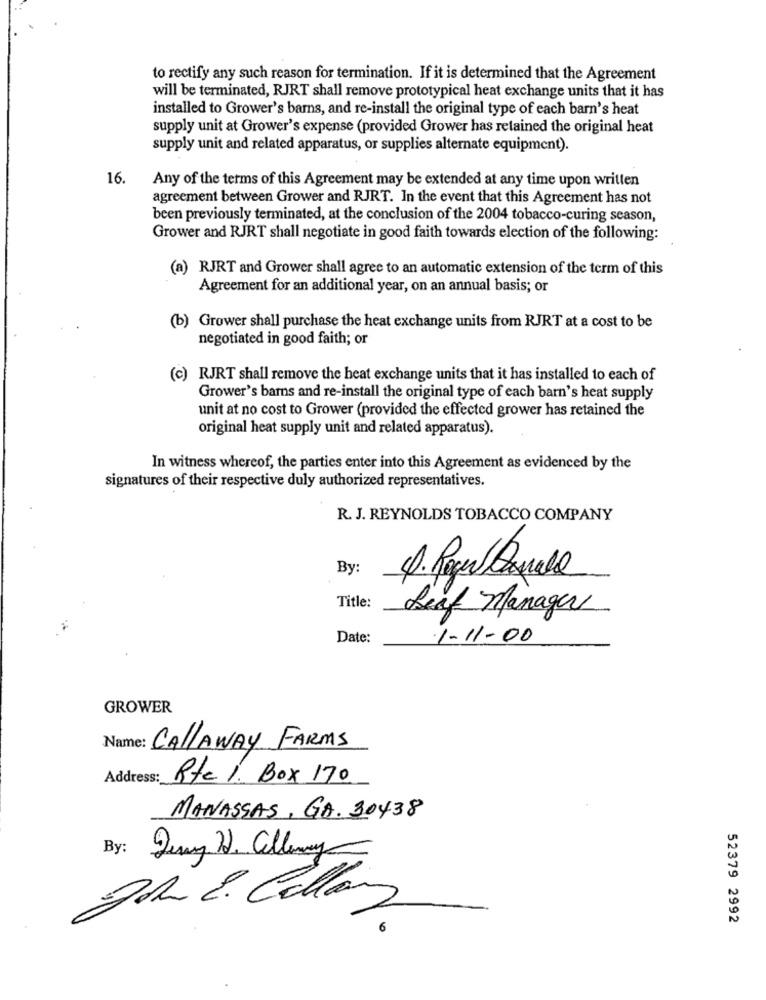
to rectify any such reason for termination. If it is determined that the Agreement
will be terminated, RJRT shall remove prototypical heat exchange units that it has
installed to Grower's barns, and re-install the original type of each barn's heat
supply unit at Grower's expense (provided Grower has retained the original heat
supply unit and related apparatus, or supplies alternate equipment).
16.
Any of the terms of this Agreement may be extended at any time upon written
agreement between Grower and RJRT. In the event that this Agreement has not
been previously terminated, at the conclusion of the 2004 tobacco-curing season,
Grower and RJRT shall negotiate in good faith towards election of the following:
(a) RJRT and Grower shall agree to an automatic extension of the term of this
Agreement for an additional year, on an annual basis; or
(b) Grower shall purchase the heat exchange units from RJRT at a cost to be
negotiated in good faith; or
(c) RJRT shall remove the beat exchange units that it has installed to each of
Grower's barns and re-install the original type of each barn's heat supply
unit at no cost to Grower (provided the effected grower has retained the
original heat supply unit and related apparatus).
In witness whereof, the parties enter into this Agreement as evidenced by the
signatures of their respective duly authorized representatives.
R. J. REYNOLDS TOBACCO COMPANY
By:
Title:
Leif Manager
Date:
1-11-00
GROWER
Name: CALLAWAY FARMS
Address:
Rtel. Box 170
MANASSAS, GA. 30438
By:
Dery J. allewy
Adr. E. Collar
52379 2992